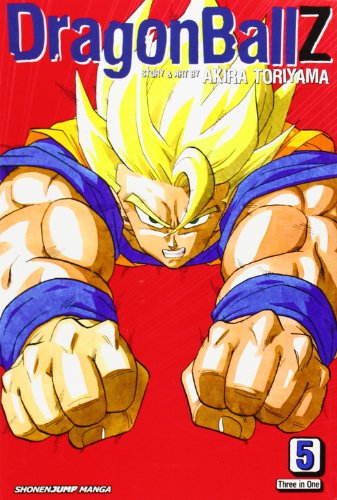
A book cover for Dragon Ball Z, Vol. 5 (VIZBIG Edition): Dr. Gero's Laboratory of Terror!; Akira Toriyama; Children's Books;